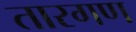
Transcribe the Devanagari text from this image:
तारगण